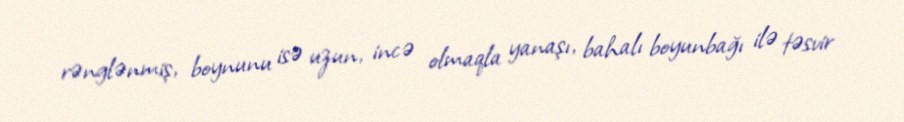
rənglənmiş, boynunu isə uzun, incə olmaqla yanaşı, bahalı boyunbağı ilə təsvir